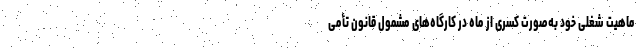
ماهیت شغلی خود به‌صورت کسری از ماه در کارگاه‌های مشمول قانون تأمی